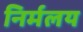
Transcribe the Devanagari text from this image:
निर्मलय